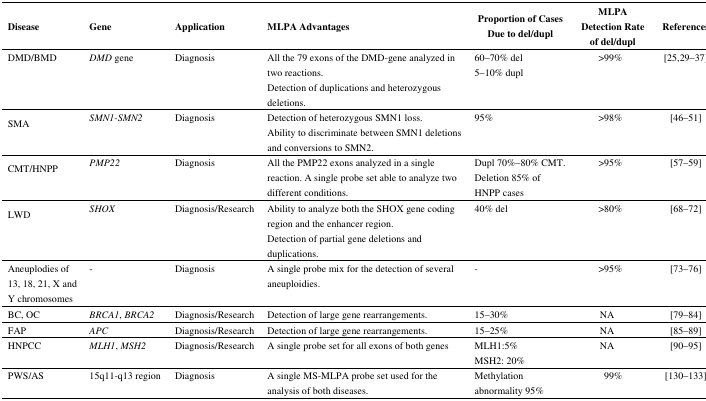
<table><thead><tr><td><b>Disease</b></td><td><b>Gene</b></td><td><b>Application</b></td><td><b>MLPA Advantages</b></td><td><b>Proportion of Cases Due to del/dupl</b></td><td><b>MLPA Detection Rate of del/dupl</b></td><td><b>References</b></td></tr></thead><tbody><tr><td>DMD/BMD</td><td><i>DMD</i> gene</td><td>Diagnosis</td><td>All the 79 exons of the DMD-gene analyzed in two reactions.Detection of duplications and heterozygous deletions.</td><td>60 70% del5 10% dupl</td><td>&gt;99%</td><td>[25,2937]</td></tr><tr><td>SMA</td><td><i>SMN1-SMN2</i></td><td>Diagnosis</td><td>Detection of heterozygous SMN1 loss.Ability to discriminate between SMN1 deletions and conversions to SMN2.</td><td>95%</td><td>&gt;98%</td><td>[4651]</td></tr><tr><td>CMT/HNPP</td><td><i>PMP22</i></td><td>Diagnosis</td><td>All the PMP22 exons analyzed in a single reaction. A single probe set able to analyze two different conditions.</td><td>Dupl 70% 80% CMT.Deletion 85% of HNPP cases</td><td>&gt;95%</td><td>[5759]</td></tr><tr><td>LWD</td><td><i>SHOX</i></td><td>Diagnosis/Research</td><td>Ability to analyze both the SHOX gene coding region and the enhancer region.Detection of partial gene deletions and duplications.</td><td>40% del</td><td>&gt;80%</td><td>[6872]</td></tr><tr><td>Aneuplodies of 13, 18, 21, X and Y chromosomes</td><td>-</td><td>Diagnosis</td><td>A single probe mix for the detection of several aneuploidies.</td><td>-</td><td>&gt;95%</td><td>[7376]</td></tr><tr><td>BC, OC</td><td><i>BRCA1</i>, <i>BRCA2</i></td><td>Diagnosis/Research</td><td>Detection of large gene rearrangements.</td><td>15 30%</td><td>NA</td><td>[7984]</td></tr><tr><td>FAP</td><td><i>APC</i></td><td>Diagnosis/Research</td><td>Detection of large gene rearrangements.</td><td>15 25%</td><td>NA</td><td>[8589]</td></tr><tr><td>HNPCC</td><td><i>MLH1</i>, <i>MSH2</i></td><td>Diagnosis/Research</td><td>A single probe set for all exons of both genes</td><td>MLH1:5%MSH2: 20%</td><td>NA</td><td>[9095]</td></tr><tr><td>PWS/AS</td><td>15q11-q13 region</td><td>Diagnosis</td><td>A single MS-MLPA probe set used for the analysis of both diseases.</td><td>Methylation abnormality 95%</td><td>99%</td><td>[130133]</td></tr></tbody></table>